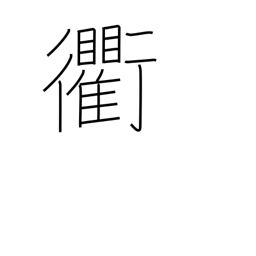
Meaning: crossroads